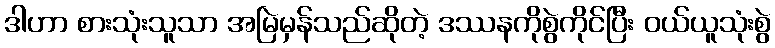
ဒါဟာ စားသုံးသူသာ အမြဲမှန်သည်ဆိုတဲ့ ဒဿနကိုစွဲကိုင်ပြီး ဝယ်ယူသုံးစွဲ